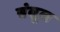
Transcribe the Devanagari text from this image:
बंबूल